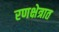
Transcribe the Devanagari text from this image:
रणक्षेत्रात